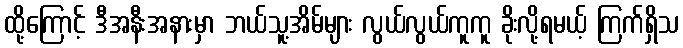
ထို့ကြောင့် ဒီအနီးအနားမှာ ဘယ်သူ့အိမ်များ လွယ်လွယ်ကူကူ ခိုးလို့ရမယ့် ကြက်ရှိသ